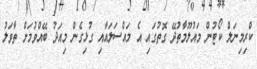
ކްރިމިނަލް ކޯޓުން މައުލޫމާތުދޭ ގޮތުގައި އެ މައްސަލައާއި ގުޅިގެން މިއަދު ބޭއްވުމަށް ތާވަލު